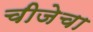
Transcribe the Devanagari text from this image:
चीजेचा